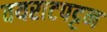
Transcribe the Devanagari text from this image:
वयराटपट्टन